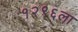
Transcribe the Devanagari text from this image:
१२९६ला